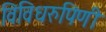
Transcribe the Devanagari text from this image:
विविधरुपिणी